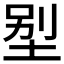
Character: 𡋾